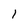
Character: l